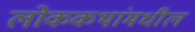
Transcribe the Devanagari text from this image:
लोककथांमधील